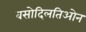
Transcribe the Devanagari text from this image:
वसोदिलतिओन